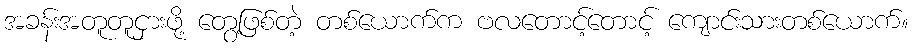
အခန်းအတူတူငှားဖို့ တွေ့ဖြစ်တဲ့ တစ်ယောက်က ဗလတောင့်တောင့် ကျောင်းသားတစ်ယောက်။